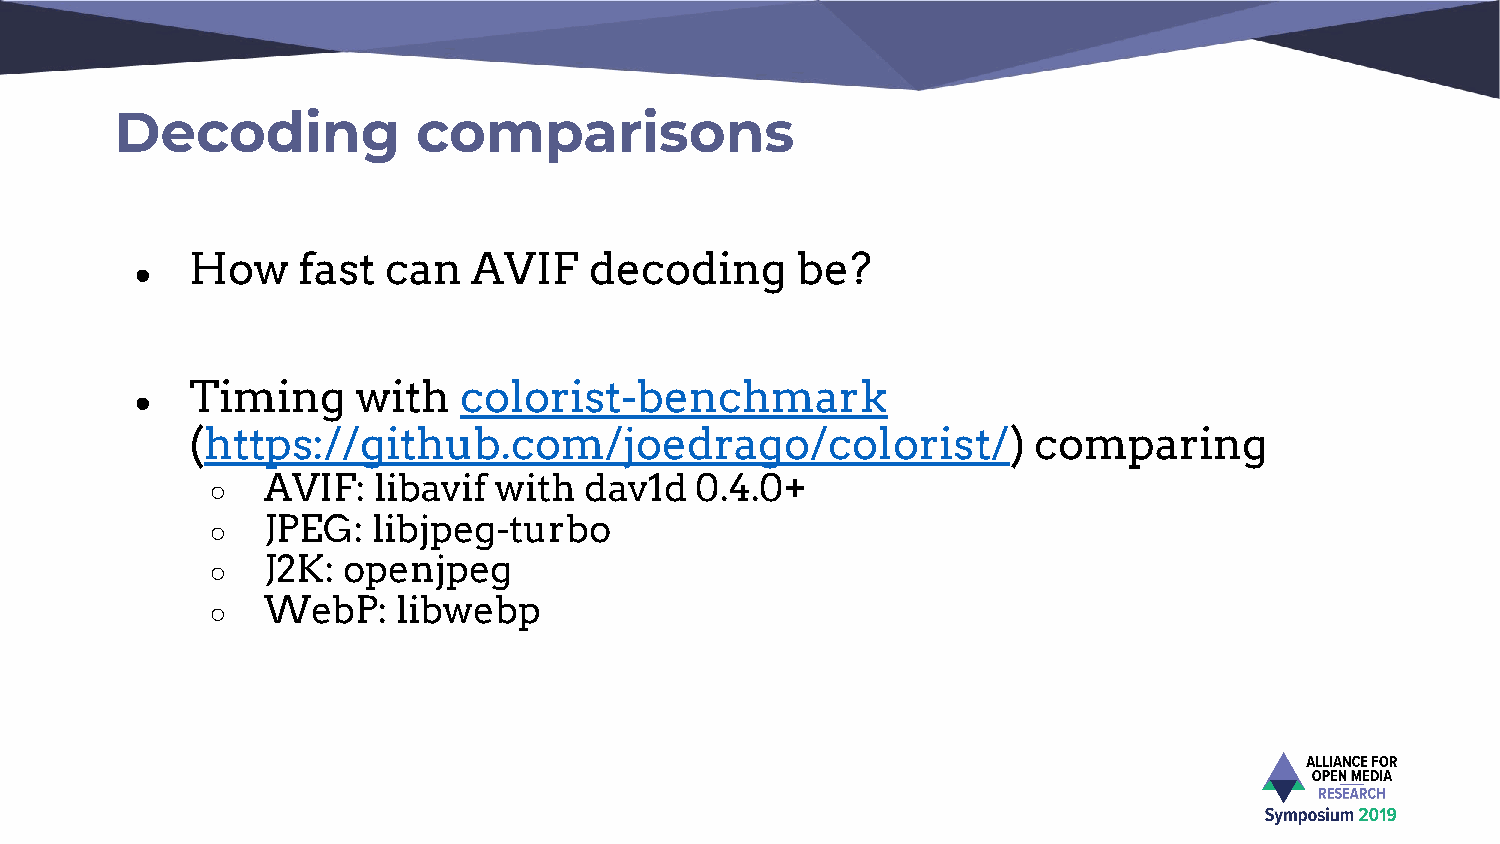
Decoding            comparisons
 How    fast  can  AVIF    decoding      be?
 ●
 Timing     with  colorist-benchmark
 ●
 (https://github.com/joedrago/colorist/)                comparing
 ○  AVIF:   libavif with  dav1d  0.4.0+
 ○  JPEG:   libjpeg-turbo
 ○  J2K:  openjpeg
 ○  WebP:    libwebp